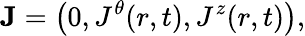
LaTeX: {\mathbf{J}}=\left({0,J^{\theta}(r,t),J^{z}(r,t)}\right),